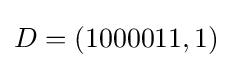
D=(1000011,1)